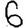
Digit: 6